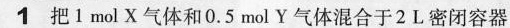
1把1molX气体和0.5molY气体混合于2L密闭容器